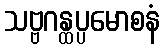
သဗ္ဗဂန္ထပ္ပမောစနံ